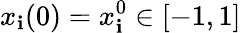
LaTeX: x_{\mathbf{i}}(0)=x_{\mathbf{i}}^{0}\in[-1,1]